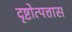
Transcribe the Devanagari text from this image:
दृष्टोत्पत्तास